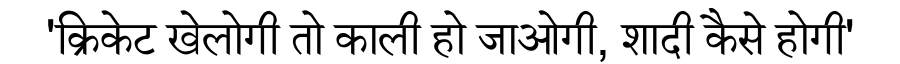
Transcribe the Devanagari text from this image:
'क्रिकेट खेलोगी तो काली हो जाओगी, शादी कैसे होगी'